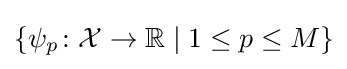
\lbrace \psi _{p}\colon {\mathcal {X}}\to \mathbb {R} \mid 1\leq p\leq M\rbrace